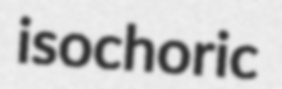
isochoric